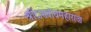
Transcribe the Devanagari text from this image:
श्रीदासबोधमहाराज